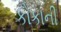
કોકાની